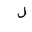
Letter: _lam